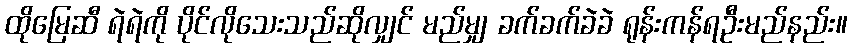
ထိုမြေဆီ ရဲရဲကို ပိုင်လိုသေးသည်ဆိုလျှင် မည်မျှ ခက်ခက်ခဲခဲ ရုန်းကန်ရဦးမည်နည်း။